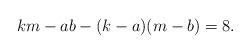
LaTeX: \begin{align*}km - ab - (k-a)(m-b) = 8.\end{align*}